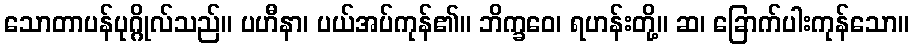
သောတာပန်ပုဂ္ဂိုလ်သည်။ ပဟီနာ၊ ပယ်အပ်ကုန်၏။ ဘိက္ခဝေ၊ ရဟန်းတို့။ ဆ၊ ခြောက်ပါးကုန်သော။